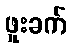
ဖူးခက်